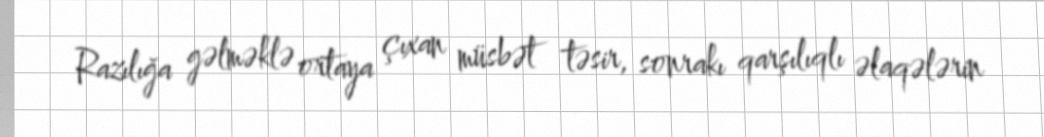
Razılığa gəlməklə ortaya çıxan müsbət təsir, sonrakı qarşılıqlı əlaqələrin